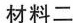
材料二